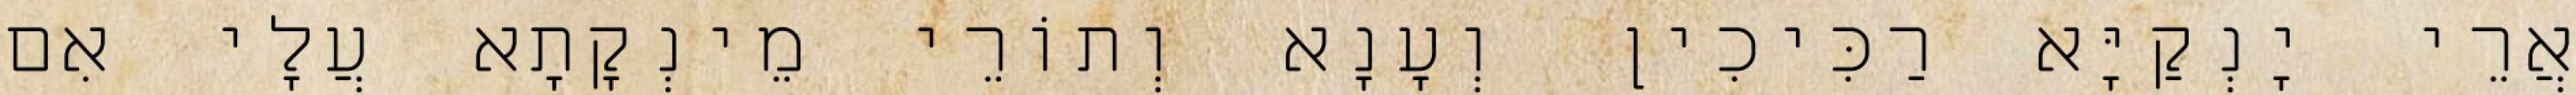
אֲרֵי יָנְקַיָּא רַכִּיכִין וְעָנָא וְתוֹרֵי מֵינְקָתָא עֲלָי אִם